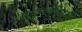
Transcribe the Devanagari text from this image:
सम्मवयाम